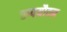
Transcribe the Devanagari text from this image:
रूपयौवन